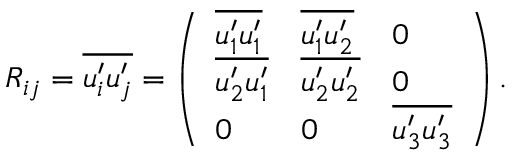
R _ { i j } = \overline { { u _ { i } ^ { \prime } u _ { j } ^ { \prime } } } = \left( \begin{array} { l l l } { \overline { { u _ { 1 } ^ { \prime } u _ { 1 } ^ { \prime } } } } & { \overline { { u _ { 1 } ^ { \prime } u _ { 2 } ^ { \prime } } } } & { 0 } \\ { \overline { { u _ { 2 } ^ { \prime } u _ { 1 } ^ { \prime } } } } & { \overline { { u _ { 2 } ^ { \prime } u _ { 2 } ^ { \prime } } } } & { 0 } \\ { 0 } & { 0 } & { \overline { { u _ { 3 } ^ { \prime } u _ { 3 } ^ { \prime } } } } \end{array} \right) .